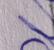
Signature authenticity: forged